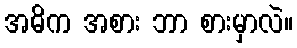
အဓိက အစား ဘာ စားမှာလဲ။